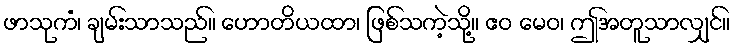
ဖာသုကံ၊ ချမ်းသာသည်။ ဟောတိယထာ၊ ဖြစ်သကဲ့သို့။ ဧဝ မေဝ၊ ဤအတူသာလျှင်။